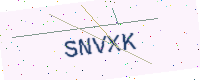
Text: SNVXK